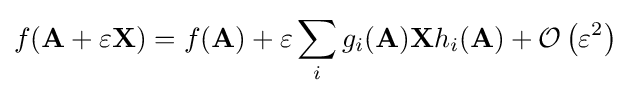
f(\mathbf {A} +\varepsilon \mathbf {X} )=f(\mathbf {A} )+\varepsilon \sum _{i}g_{i}(\mathbf {A} )\mathbf {X} h_{i}(\mathbf {A} )+{\mathcal {O}}\left(\varepsilon ^{2}\right)